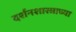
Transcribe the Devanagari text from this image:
दर्शनशास्त्राच्या